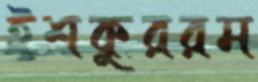
ইশকুররম